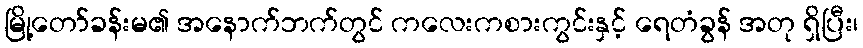
မြို့တော်ခန်းမ၏ အနောက်ဘက်တွင် ကလေးကစားကွင်းနှင့် ရေတံခွန် အတု ရှိပြီး၊